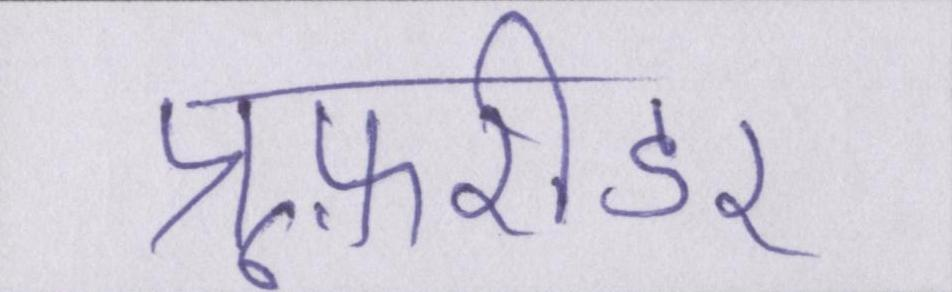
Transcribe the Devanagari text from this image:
प्रूफ़रीडर